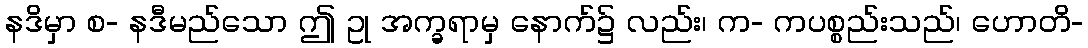
နဒိမှာ စ- နဒီမည်သော ဤ ဥု အက္ခရာမှ နောက်၌ လည်း၊ က- ကပစ္စည်းသည်၊ ဟောတိ-